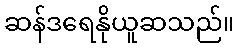
ဆန်ဒရေနိုယူဆသည်။